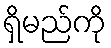
ရှိမည်ကို